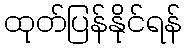
ထုတ်ပြန်နိုင်ရန်